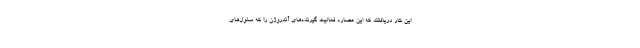
این کار دریافتند که این عصاره فعالیت گیرنده‌های آندروژن را که سلول‌های